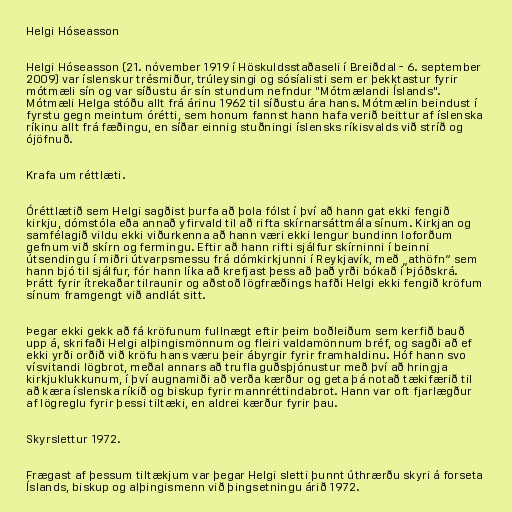
Helgi Hóseasson

Helgi Hóseasson (21. nóvember 1919 í Höskuldsstaðaseli í Breiðdal - 6. september
2009) var íslenskur trésmiður, trúleysingi og sósíalisti sem er þekktastur fyrir
mótmæli sín og var síðustu ár sín stundum nefndur "Mótmælandi Íslands".
Mótmæli Helga stóðu allt frá árinu 1962 til síðustu ára hans. Mótmælin beindust í
fyrstu gegn meintum órétti, sem honum fannst hann hafa verið beittur af íslenska
ríkinu allt frá fæðingu, en síðar einnig stuðningi íslensks ríkisvalds við stríð og
ójöfnuð.

Krafa um réttlæti.

Óréttlætið sem Helgi sagðist þurfa að þola fólst í því að hann gat ekki fengið
kirkju, dómstóla eða annað yfirvald til að rifta skírnarsáttmála sínum. Kirkjan og
samfélagið vildu ekki viðurkenna að hann væri ekki lengur bundinn loforðum
gefnum við skírn og fermingu. Eftir að hann rifti sjálfur skírninni í beinni
útsendingu í miðri útvarpsmessu frá dómkirkjunni í Reykjavík, með „athöfn“ sem
hann bjó til sjálfur, fór hann líka að krefjast þess að það yrði bókað í Þjóðskrá.
Þrátt fyrir ítrekaðar tilraunir og aðstoð lögfræðings hafði Helgi ekki fengið kröfum
sínum framgengt við andlát sitt.

Þegar ekki gekk að fá kröfunum fullnægt eftir þeim boðleiðum sem kerfið bauð
upp á, skrifaði Helgi alþingismönnum og fleiri valdamönnum bréf, og sagði að ef
ekki yrði orðið við kröfu hans væru þeir ábyrgir fyrir framhaldinu. Hóf hann svo
vísvitandi lögbrot, meðal annars að trufla guðsþjónustur með því að hringja
kirkjuklukkunum, í því augnamiði að verða kærður og geta þá notað tækifærið til
að kæra íslenska ríkið og biskup fyrir mannréttindabrot. Hann var oft fjarlægður
af lögreglu fyrir þessi tiltæki, en aldrei kærður fyrir þau.

Skyrslettur 1972.

Frægast af þessum tiltækjum var þegar Helgi sletti þunnt úthrærðu skyri á forseta
Íslands, biskup og alþingismenn við þingsetningu árið 1972.